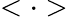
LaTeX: <\cdot>